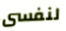
لنفسى